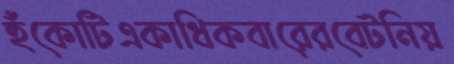
হুঁকোটিএকাধিকবারেরবেটনিয়